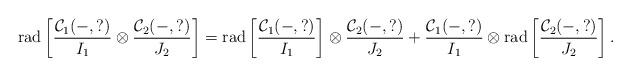
LaTeX: \begin{align*} \mathrm{rad}\left[ \frac{\mathcal{C}_1(-,?)}{I_1}\otimes \frac{\mathcal{C}_2(-,?)}{J_2} \right]= \mathrm{rad}\left[ \frac{\mathcal{C}_1(-,?)}{I_1} \right]\otimes \frac{\mathcal{C}_2(-,?)}{J_2} + \frac{\mathcal{C}_1(-,?)}{I_1} \otimes \mathrm{rad}\left[ \frac{\mathcal{C}_2(-,?)}{J_2} \right]. \end{align*}